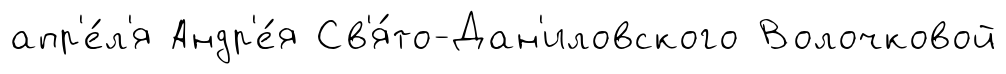
апр'е́л'я Андр'е́я Св'я́то-Дан'иловского Волочковой